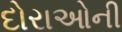
દોરાઓની